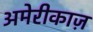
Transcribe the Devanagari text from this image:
अमेरीकाज़